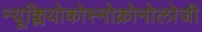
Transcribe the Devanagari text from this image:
न्यूक्लियोकोस्मोक्रोनोलोजी